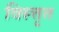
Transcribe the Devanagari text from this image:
विस्त्तृत